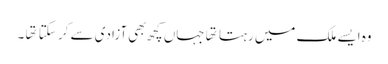
وه ایسے ملک میں رہتا تها جہاں کچھ بهی آزادی سے کر سکتا تها ۔